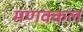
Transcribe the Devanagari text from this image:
मणक्कल